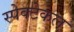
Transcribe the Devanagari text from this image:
स्पेक्टेकल